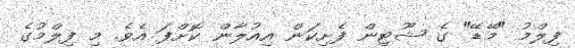
ފިލްމު "މޭޑޭ" ގެ ޝޫޓިން ފެށިކަން އިއުލާން ކޮށްފަ އެވެ. މި ފިލްމުގެ